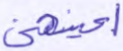
أعينهن